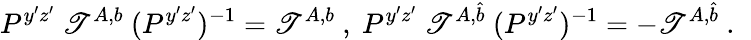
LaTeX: P^{y^{\prime}z^{\prime}}~\mathscr{T}^{A,b}~(P^{y^{\prime}z^{\prime}})^{-1}=\mathscr{T}^{A,b}~,~P^{y^{\prime}z^{\prime}}~\mathscr{T}^{A,\hat{{b}}}~(P^{y^{\prime}z^{\prime}})^{-1}=-\mathscr{T}^{A,\hat{{b}}}~.~\,